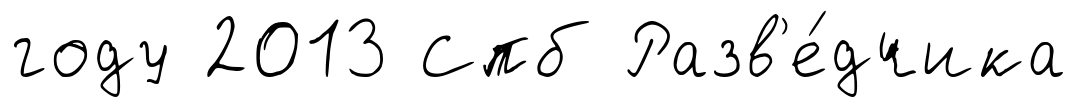
году 2013 Спб Разв'е́дчика